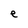
Character: e